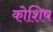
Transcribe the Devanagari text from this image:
कोशिष